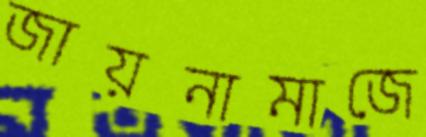
জায়নামাজে